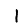
Digit: 1